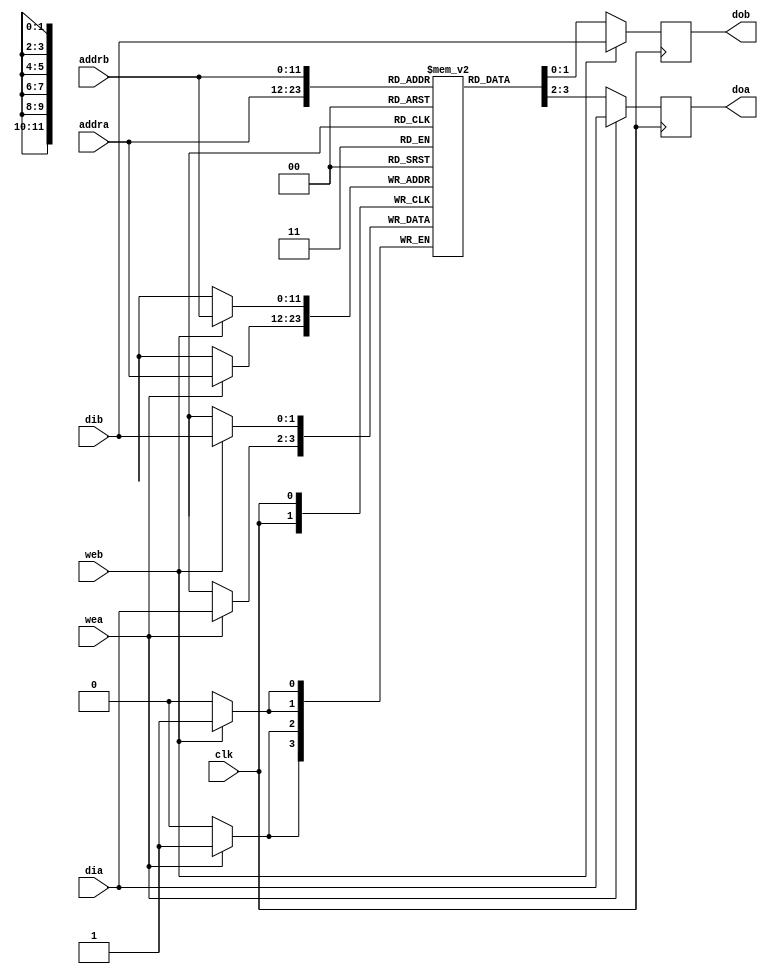
module dual_ram
(
	input [1:0] dia, dib,
	input [11:0] addra, addrb,
	input wea, web, clk,
	output reg [1:0] doa, dob
);
	// Declare the RAM variable
	reg [1:0] ram[2395:0];
	
	// Port A
	always @ (posedge clk)
	begin
		if (wea) 
		begin
			ram[addra] <= dia;
			doa <= dia;
		end
		else 
		begin
			doa <= ram[addra];
		end
	end
	
	// Port B
	always @ (posedge clk)
	begin
		if (web)
		begin
			ram[addrb] <= dib;
			dob <= dib;
		end
		else
		begin
			dob <= ram[addrb];
		end
	end
	
endmodule